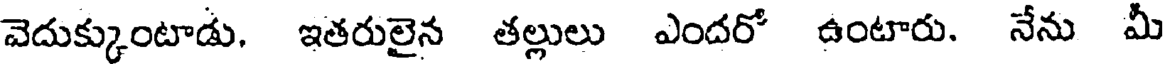
వెదుక్కుంటాడు, ఇతరులైన తల్లులు ఎందరో ఉంటారు. నేను మీ